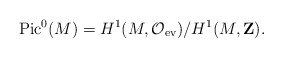
\begin{align*}{\rm Pic}^0(M) = H^1(M,{\cal O}_{\rm ev})/H^1(M,{\bf Z}). \end{align*}